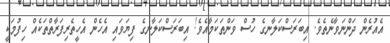
އެއުރެން ދަންނަވާނެތެވެ. އިބަރަސްކަލާނގެ ހުސް ވަންތަކަމާއެވެ! އިބަރަސްކަލާނގެ ފިޔަވައި އެހެން އެހީތެރިފަރާތްތަކެއް ހިފުމަކީ